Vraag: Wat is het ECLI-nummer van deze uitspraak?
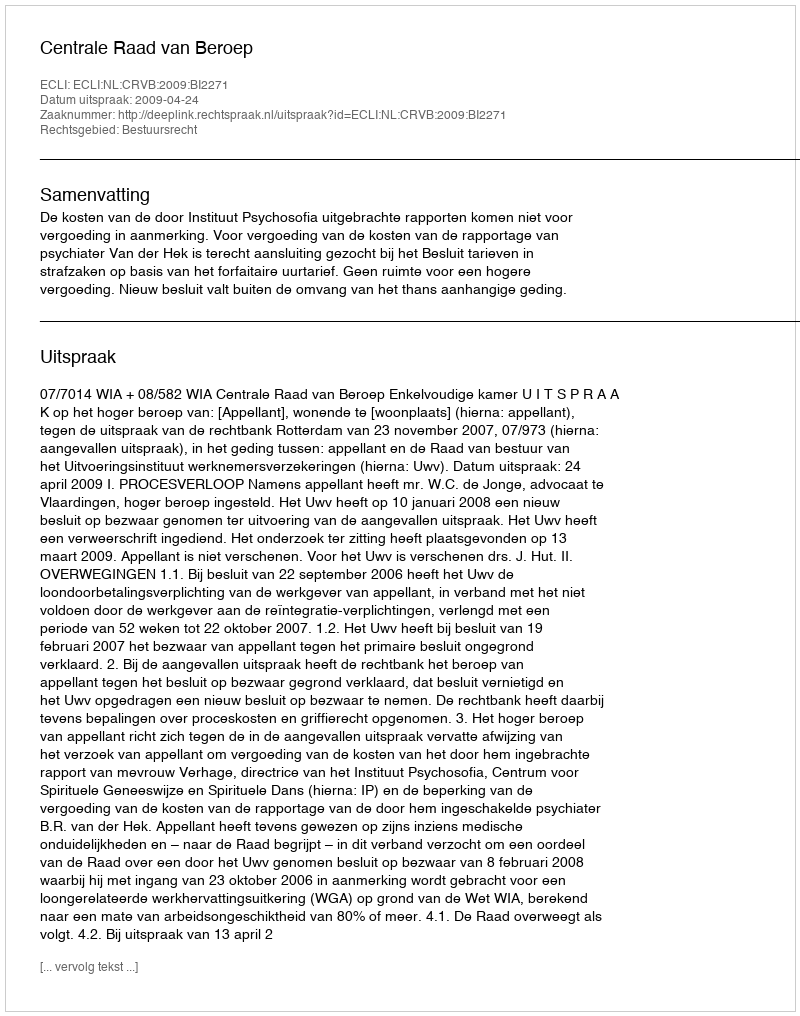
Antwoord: ECLI:NL:CRVB:2009:BI2271